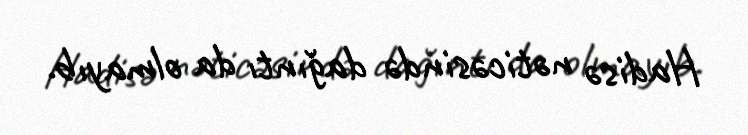
Hadisə nəticəsində dağıntı da olmayıb.